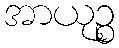
အာယုဉ္စ